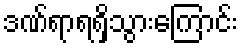
ဒဏ်ရာရရှိသွားကြောင်း